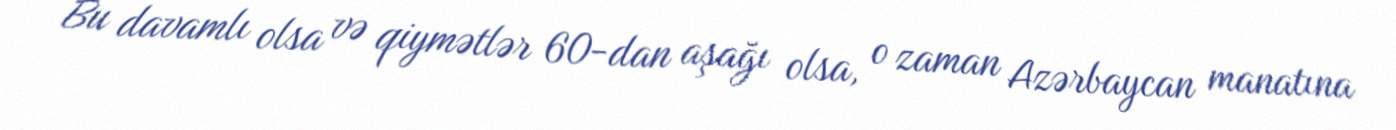
Bu davamlı olsa və qiymətlər 60-dan aşağı olsa, o zaman Azərbaycan manatına